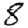
Digit: 8